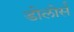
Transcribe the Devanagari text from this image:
डोलोर्स